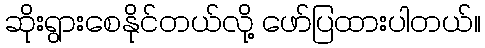
ဆိုးရွားစေနိုင်တယ်လို့ ဖော်ပြထားပါတယ်။